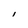
Character: I